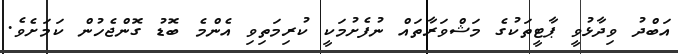
އަބްދު ވިދާޅުވީ ޕާޓީތަކުގެ މަޝްވަރާތައް ނުފެށުމަކީ ކުރިމަތިވި އެންމެ ބޮޑު ގޮންޖެހުން ކަމަށެވެ.